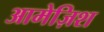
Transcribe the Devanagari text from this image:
आमेज़िश